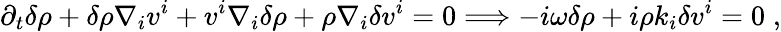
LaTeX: \partial_{t}\delta\rho+\delta\rho\nabla_{i}v^{i}+v^{i}\nabla_{i}\delta\rho+\rho\nabla_{i}\delta v^{i}=0\Longrightarrow-i\omega\delta\rho+i\rho k_{i}\delta v^{i}=0\; ,